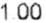
1.00